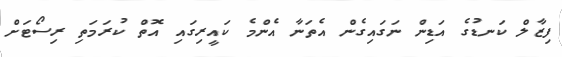
ފިޒާލް ކަނޑުގެ އަޑިން ނަގައިގެން އެތަނާ އެންމެ ކައީރިގައި އޮތް ކުރަމަތި ރިސޯޓަށް